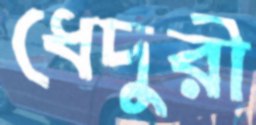
ধেদুরী